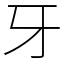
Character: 牙